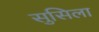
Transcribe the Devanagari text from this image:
सुसिला